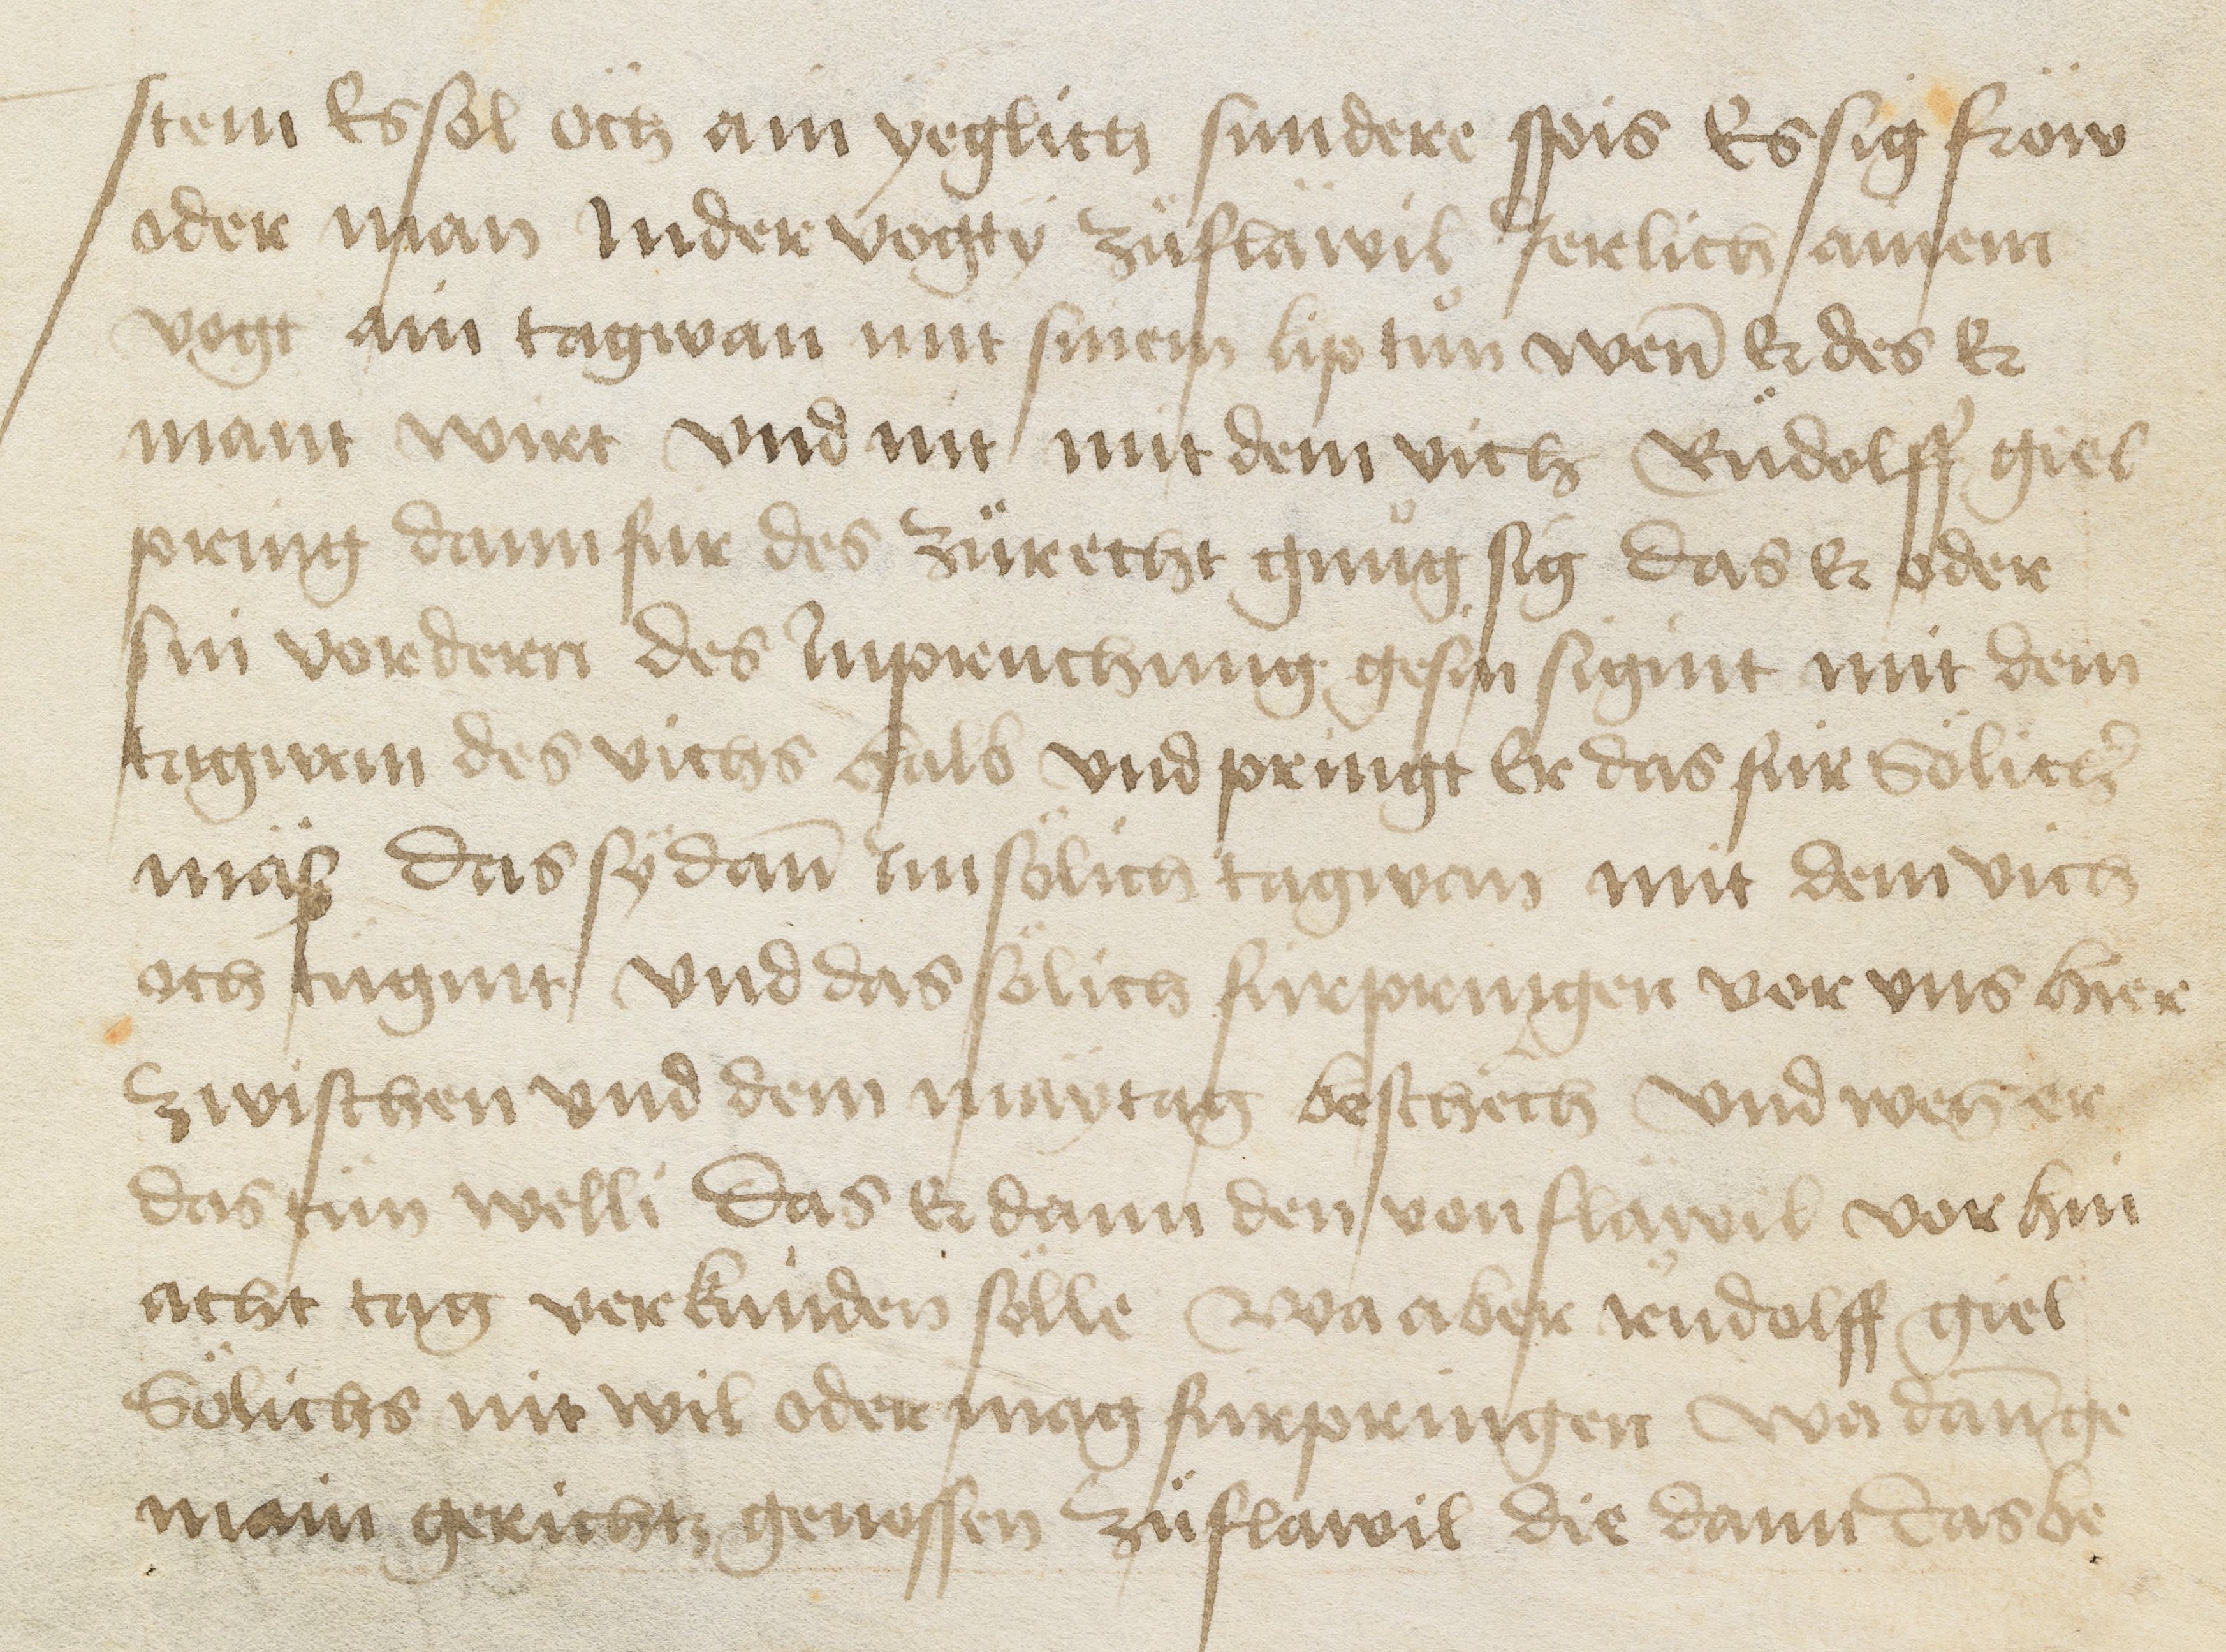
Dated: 1471–1472